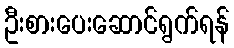
ဦးစားပေးဆောင်ရွက်ရန်